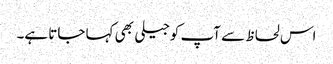
اس لحاظ سے آپ کوجیلی بھی کہا جاتا ہے۔